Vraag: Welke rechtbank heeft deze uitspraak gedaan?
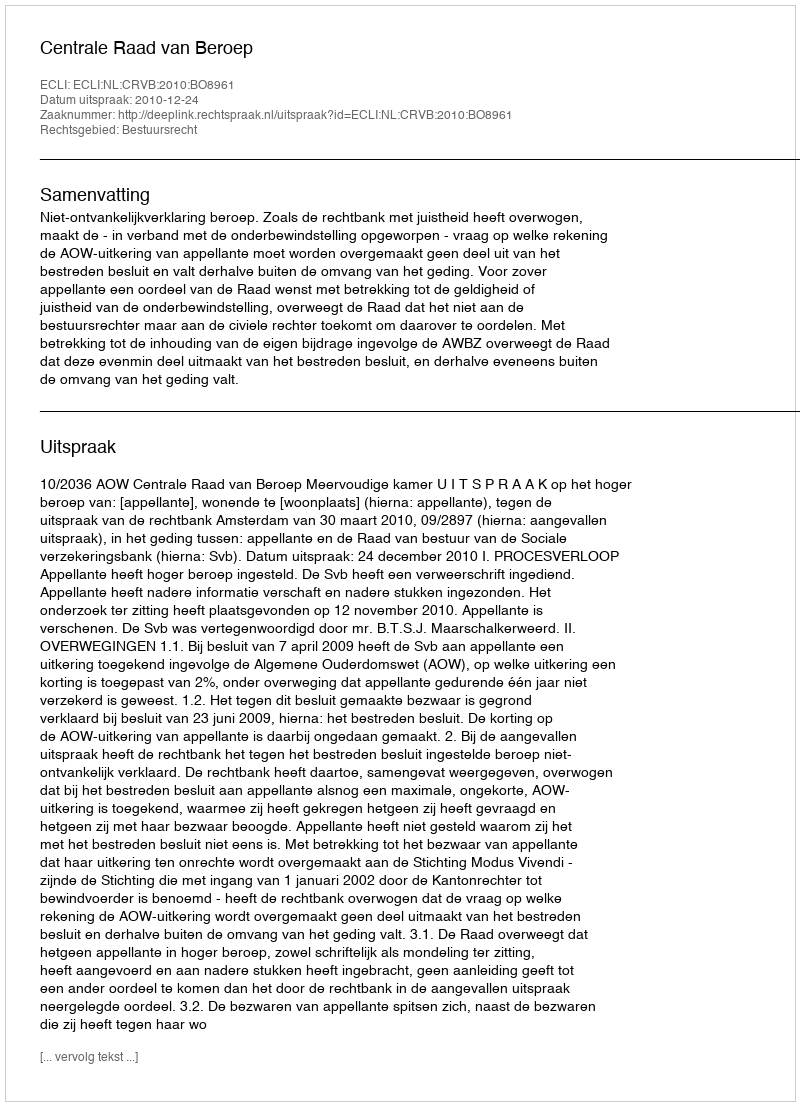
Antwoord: Centrale Raad van Beroep